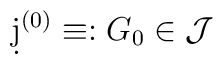
\d j^{(0)}\equiv :G_0\in\mathcal{J}